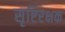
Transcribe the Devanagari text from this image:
सृष्टिरक्षक